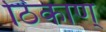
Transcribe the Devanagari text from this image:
ठिकाण्